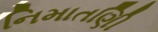
નિમાતણિી